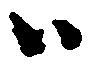
ハ